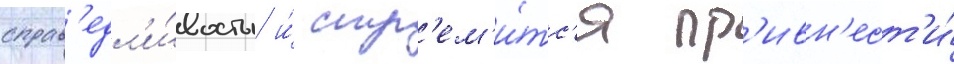
справ'едл'и́вость и́ стр'ем'и́тс'я пр'ивн'ест'и́